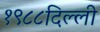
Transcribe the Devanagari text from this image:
१९८८दिल्ली